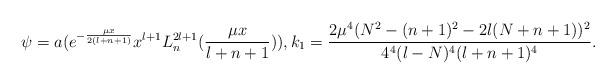
LaTeX: \begin{align*}\psi = a ( e^{-\frac{\mu x}{2(l+n+1)}} x^{l+1} L_n^{2l+1} (\frac{ \mu x}{l+n+1}) ), k_1 = \frac{2 \mu^4 (N^2 - (n+1)^2 -2l(N+n+1))^2}{4^4( l-N)^4 (l+n+1)^4}.\end{align*}